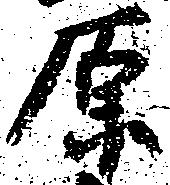
原